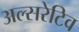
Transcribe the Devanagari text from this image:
अल्सरेटिव